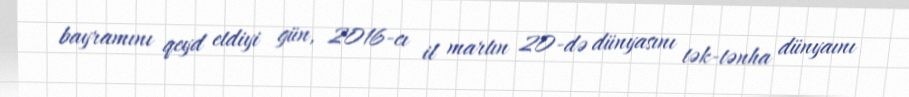
bayramını qeyd etdiyi gün, 2016-cı il martın 20-də dünyasını tək-tənha dünyaını